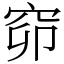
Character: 窌